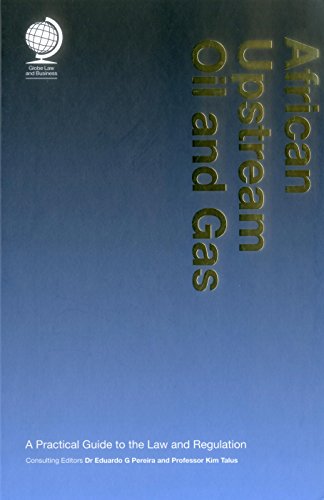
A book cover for African Upstream Oil and Gas: A Practical Guide to the Law and Regulation (Volumes 1 & 2); Law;